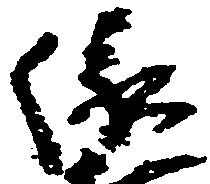
縁